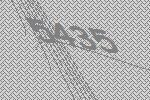
5435